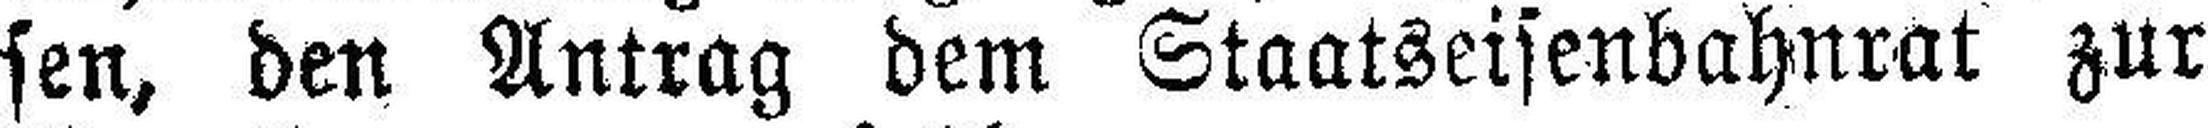
sen, den Antrag dem Staatseisenbahnrat zur